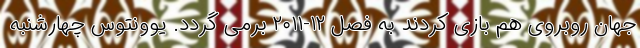
جهان روبروی هم بازی کردند به فصل ۱۲-۲۰۱۱ برمی گردد. یوونتوس چهارشنبه